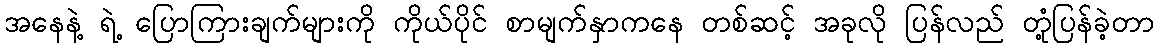
အနေနဲ့ ရဲ့ ပြောကြားချက်များကို ကိုယ်ပိုင် စာမျက်နှာကနေ တစ်ဆင့် အခုလို ပြန်လည် တုံ့ပြန်ခဲ့တာ